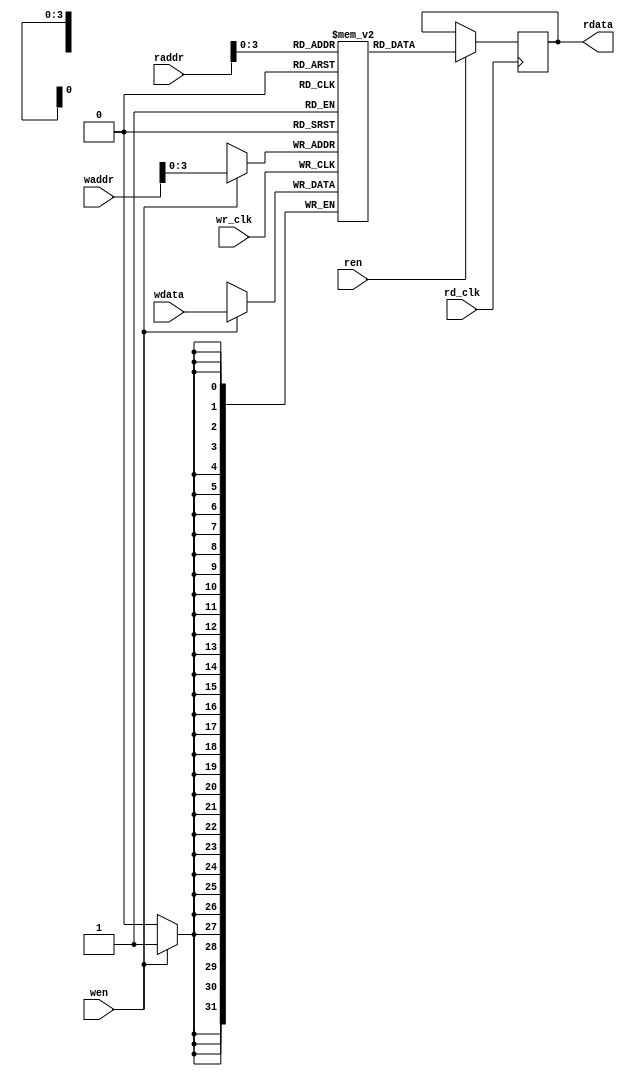
module dual_port_ram #(
    /* Define width of memory */
    parameter DATASIZE = 32,
    /* Define depth of memory */
    parameter ADDRSIZE = 4,
    /* For BRAM set MEM_TYPE=1, while for Distributed memory set MEM_TYPE=0 */
    parameter MEM_TYPE = 0
)
(
    output reg [DATASIZE-1:0]   rdata,
    input                       wr_clk,
    input                       rd_clk,
    input                       wen,
    input                       ren,
    input      [DATASIZE-1:0]   wdata,
    input      [ADDRSIZE:0]     waddr,
    input      [ADDRSIZE:0]     raddr
);
   
   /* Inferring Block memory as Dual Port RAM */
   
   generate if (MEM_TYPE) begin
        (* ram_style = "block" *) reg [DATASIZE-1:0] mem	[(1<<ADDRSIZE)-1:0];

        always @(posedge rd_clk) begin
            if (ren) begin
                rdata   <= mem[raddr[ADDRSIZE-1:0]];
            end
        end

        always @(posedge wr_clk) begin
            if (wen) 
            mem[waddr[ADDRSIZE-1:0]]  <=  wdata;
        end
    end
    /* Inferring Distributed memory */

    else begin 
        (* ram_style = "logic" *) reg [DATASIZE-1:0] mem    [(1<<ADDRSIZE)-1:0];
     
            always @(posedge rd_clk) begin
                if (ren) 
                rdata   <= mem[raddr[ADDRSIZE-1:0]];
            end
     
            always @(posedge wr_clk) begin
                if (wen) 
                mem[waddr[ADDRSIZE-1:0]]  <=  wdata;
            end
    end
    endgenerate
    
endmodule